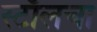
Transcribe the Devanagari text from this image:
स्टाँलचा